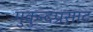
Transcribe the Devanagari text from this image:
मुकुन्दप्रसाद